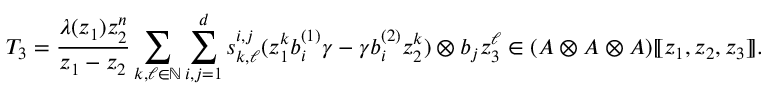
T _ { 3 } = \frac { \lambda ( z _ { 1 } ) z _ { 2 } ^ { n } } { z _ { 1 } - z _ { 2 } } \sum _ { k , \ell \in \mathbb { N } } \sum _ { i , j = 1 } ^ { d } s _ { k , \ell } ^ { i , j } ( z _ { 1 } ^ { k } b _ { i } ^ { ( 1 ) } \gamma - \gamma b _ { i } ^ { ( 2 ) } z _ { 2 } ^ { k } ) \otimes b _ { j } z _ { 3 } ^ { \ell } \in ( A \otimes A \otimes A ) [ \! [ z _ { 1 } , z _ { 2 } , z _ { 3 } ] \! ] .